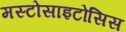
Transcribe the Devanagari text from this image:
मस्टोसाइटोसिस